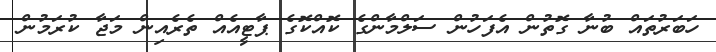
ހަބަރުތައް ބުނާ ގޮތުން އެފަހުން ސަލްމާންގެ ކޮއްކޮގެ ޕާޓީއެއް ތެރެއިން މަޖާ ކުރަމުން